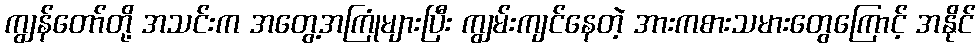
ကျွန်တော်တို့ အသင်းက အတွေ့အကြုံများပြီး ကျွမ်းကျင်နေတဲ့ အားကစားသမားတွေကြောင့် အနိုင်